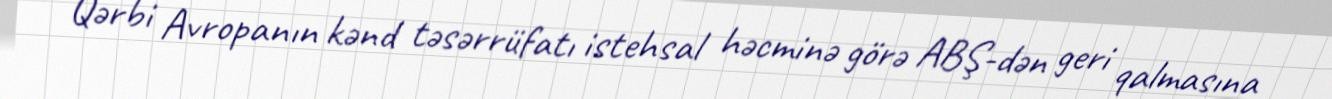
Qərbi Avropanın kənd təsərrüfatı istehsal həcminə görə ABŞ-dən geri qalmasına